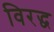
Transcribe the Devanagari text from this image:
विरद्ध